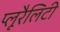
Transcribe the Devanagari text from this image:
प्लूरैलिटी